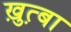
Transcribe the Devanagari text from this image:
ख़ुत़्बा